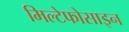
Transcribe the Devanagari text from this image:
मिल्टेफोसाइन